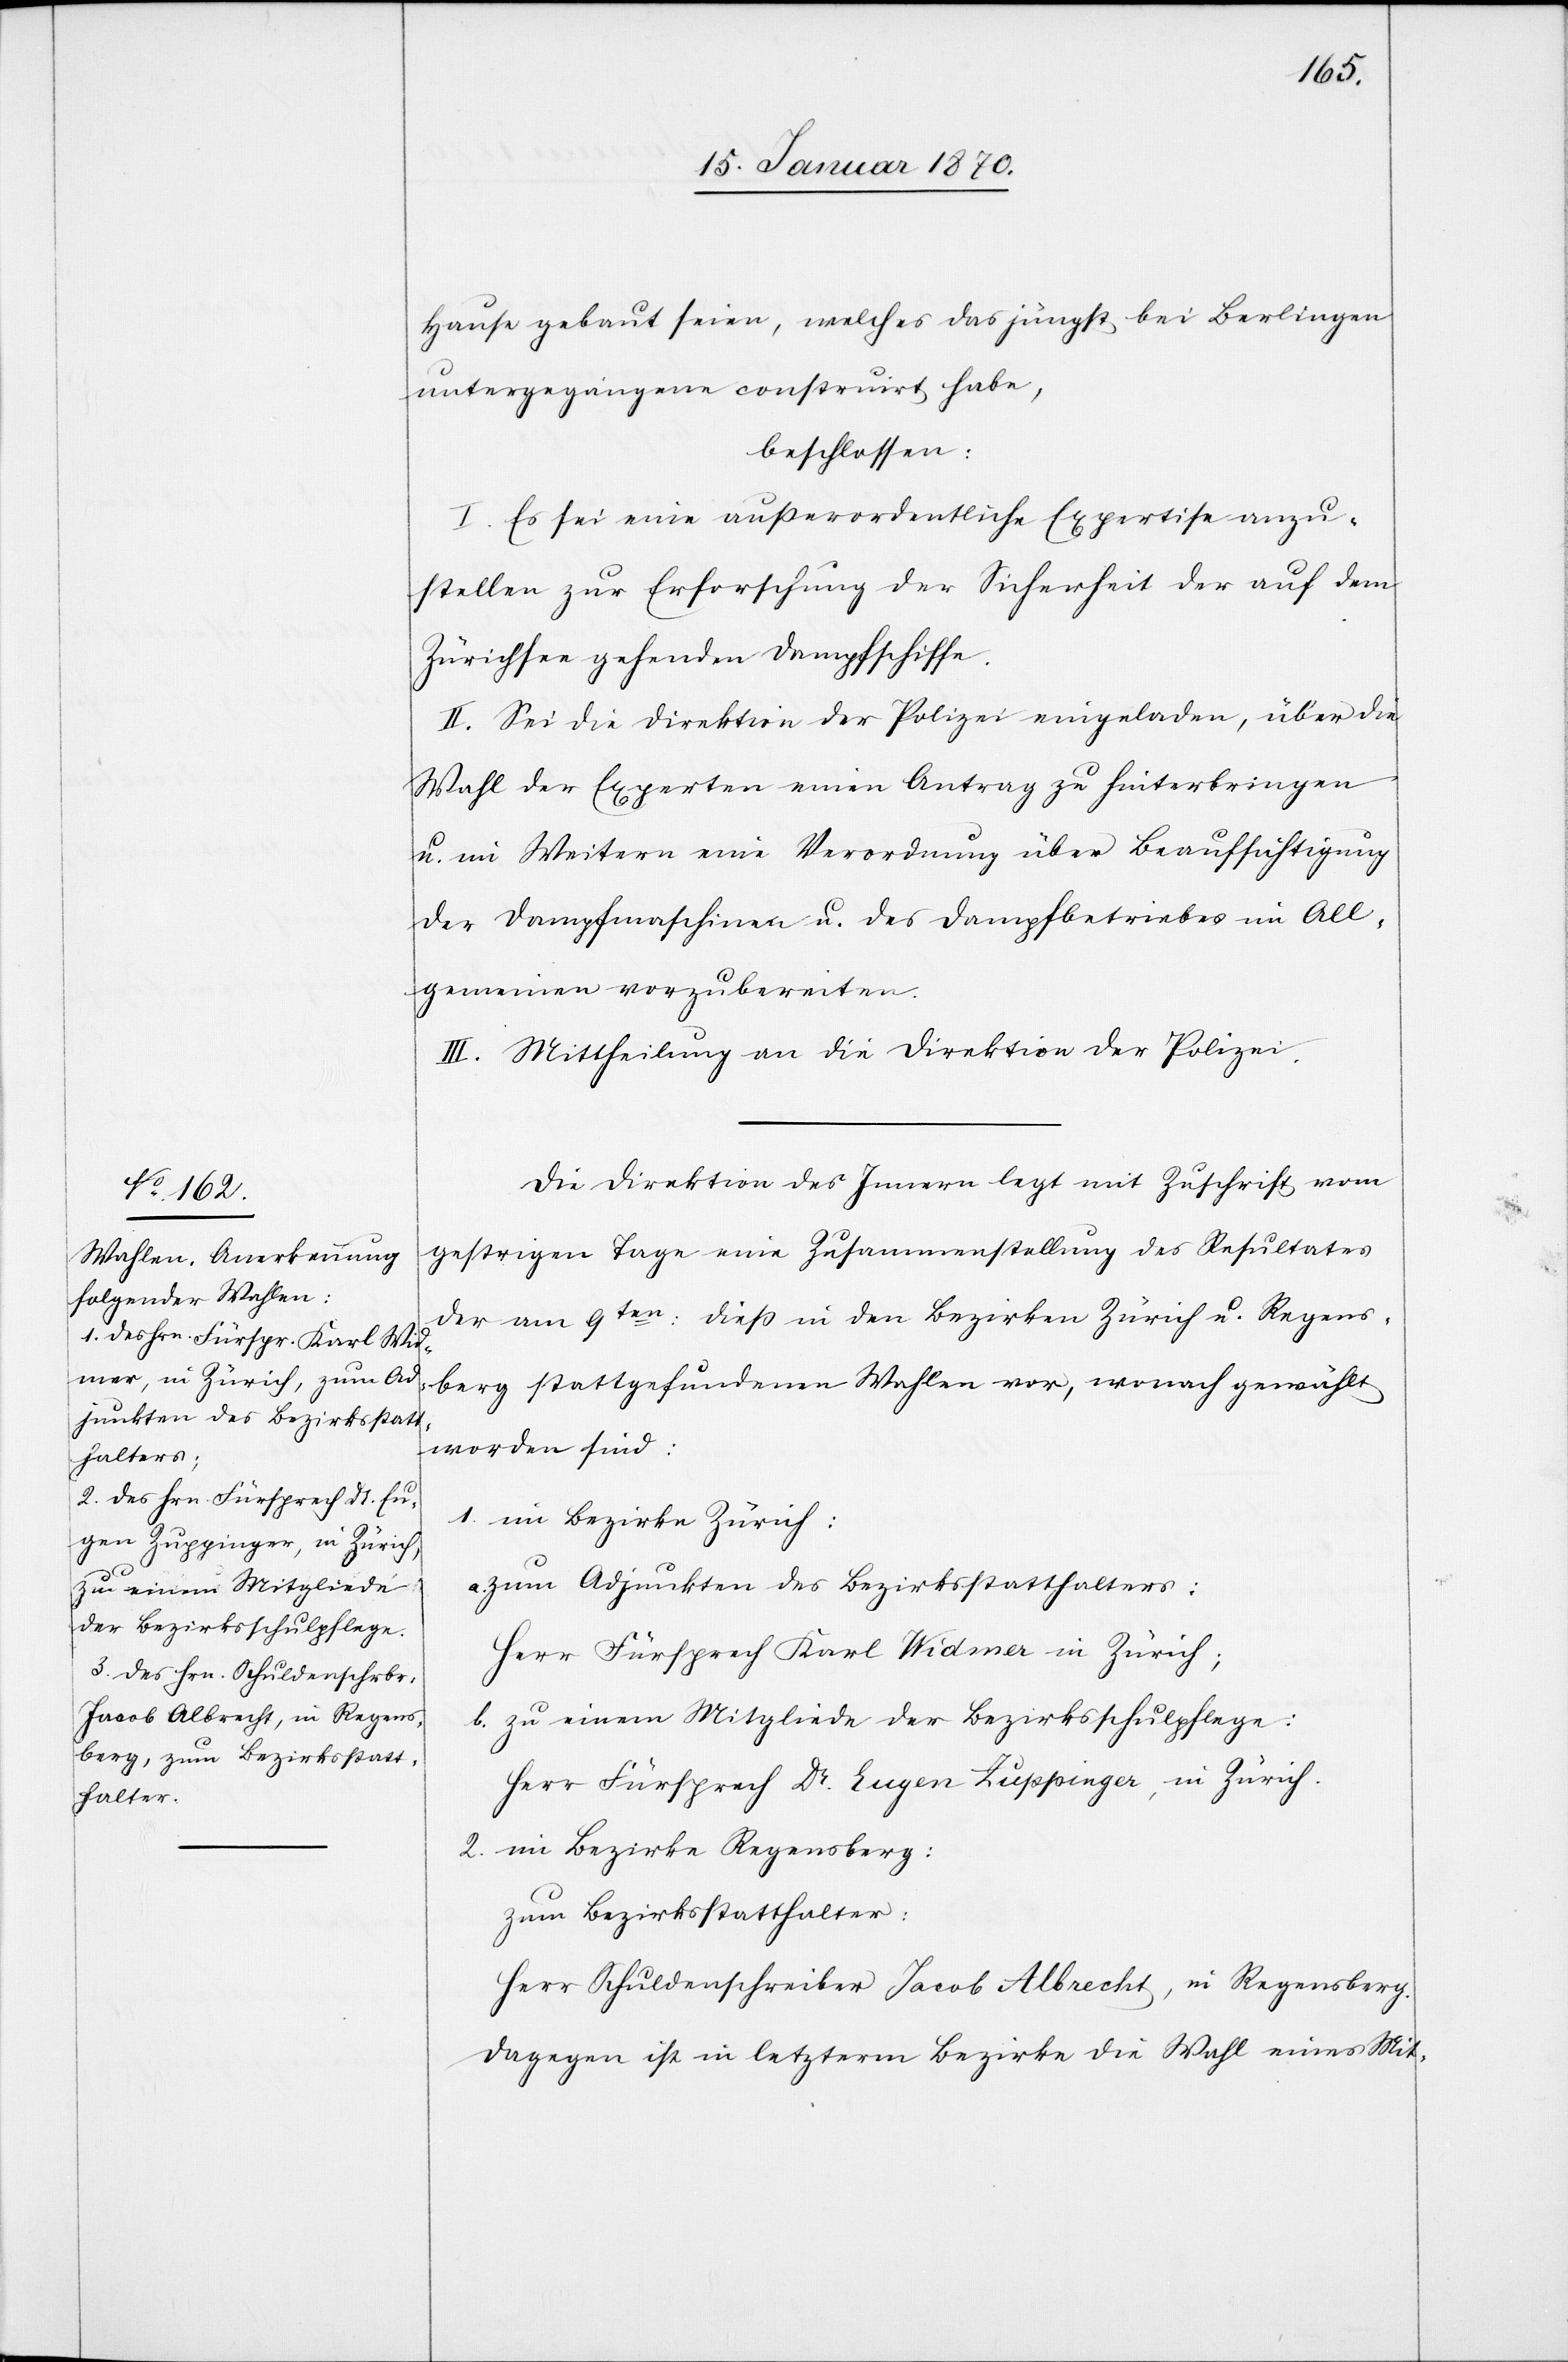
Hause gebaut seien, welches das jüngst bei Berlingen
untergegangene construirt habe,
beschlossen:
I. Es sei eine außerordentliche Expertise anzu¬
stellen zur Erforschung der Sicherheit der auf dem
Zürichsee gehenden Dampfschiffe.
II. Sei die Direktion der Polizei eingeladen, über die
Wahl der Experten einen Antrag zu hinterbringen
u. im Weitern eine Verordnung über Beaufsichtigung
der Dampfmaschinen u. des Dampfbetriebes im All¬
gemeinen vorzubereiten.
III. Mittheilung an die Direktion der Polizei.
Die Direktion des Innern legt mit Zuschrift vom
gestrigen Tage eine Zusammenstellung des Resultates
der am 9ten: dieß in den Bezirken Zürich u. Regens¬
berg stattgefundenen Wahlen vor, wonach gewählt
worden sind:
1. im Bezirke Zürich:
a. zum Adjunkten des Bezirksstatthalters:
Herr Fürsprech Karl Widmer in Zürich;
b. zu einem Mitgliede der Bezirksschulpflege:
Herr Fürsprech Dr. Eugen Zuppinger, in Zürich.
2. im Bezirke Regensberg:
zum Bezirksstatthalter:
Herr Schuldenschreiber Jacob Albrecht, in Regensberg.
Dagegen ist in letzterm Bezirke die Wahl eines Mit-